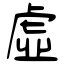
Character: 虛